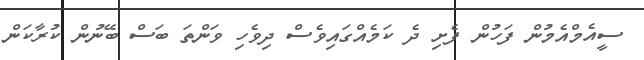
ސީއެމްއެމުން ފަހުން ފެށި ދެ ކަމެއްގައިވެސް ދިވެހި ވަންތަ ބަސް ބޭނުން ކުރާކަން